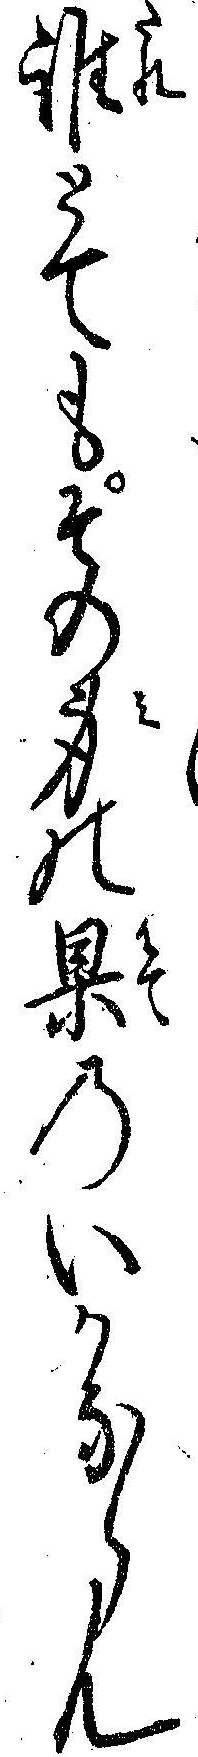
誰とてもその身の果のいかならん